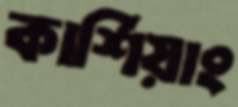
কার্শিয়াং